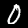
Digit: 0